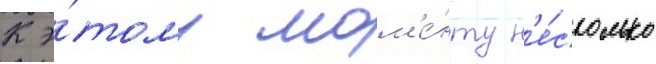
К э́тому мом'е́нту н'е́сколько